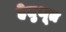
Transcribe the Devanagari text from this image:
हेतुभूत